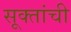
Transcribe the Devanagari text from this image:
सूक्तांची